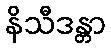
နိသီဒန္တာ